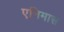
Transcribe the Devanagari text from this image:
एनिमास